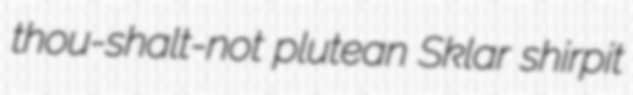
thou-shalt-not plutean Sklar shirpit